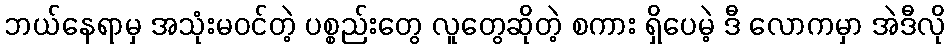
ဘယ်နေရာမှ အသုံးမဝင်တဲ့ ပစ္စည်းတွေ လူတွေဆိုတဲ့ စကား ရှိပေမဲ့ ဒီ လောကမှာ အဲဒီလို